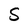
Character: S